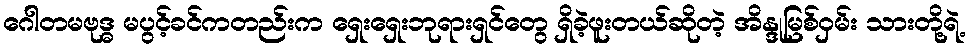
ဂေါတမဗုဒ္ဓ မပွင့်ခင်ကတည်းက ရှေးရှေးဘုရားရှင်တွေ ရှိခဲ့ဖူးတယ်ဆိုတဲ့ အိန္ဒုမြစ်ဝှမ်း သားတို့ရဲ့